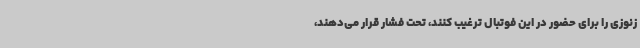
زنوزی را برای حضور در این فوتبال ترغیب کنند، تحت فشار قرار می‌دهند،